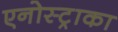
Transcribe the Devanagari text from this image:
एनोस्ट्राका